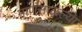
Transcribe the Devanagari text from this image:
माणसाळल्या